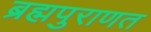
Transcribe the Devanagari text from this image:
ब्रह्मपुराणत